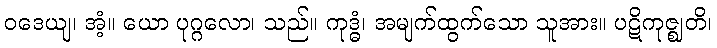
ဝဒေယျ၊ အံ့။ ယော ပုဂ္ဂလော၊ သည်။ ကုဒ္ဓံ၊ အမျက်ထွက်သော သူအား။ ပဋိကုဇ္ဈတိ၊